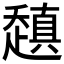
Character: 𰷻